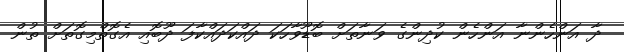
ދާ އަންހެންނާ އަންހެން ކުދިންގެ ވަނާތަށް ބޮޑޫވާހަކަ ދައްކަދައްކާފަ ދޫބޮއި އެގޮތްމިގޮތަށް ތުން